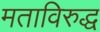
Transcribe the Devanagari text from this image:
मताविरुद्ध